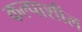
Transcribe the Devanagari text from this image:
कल्पाशील